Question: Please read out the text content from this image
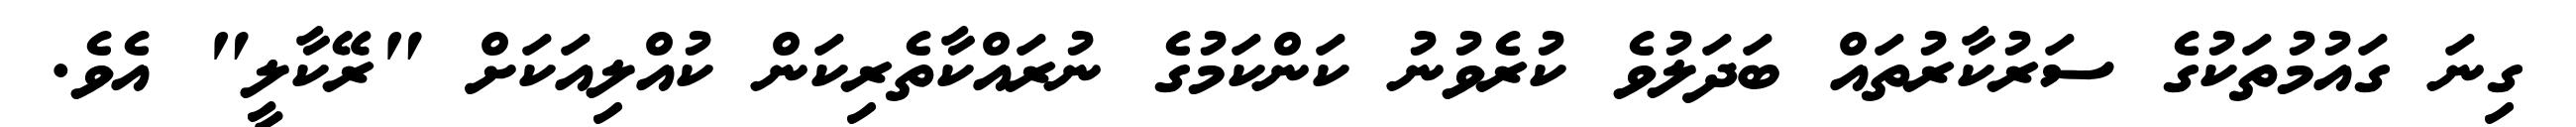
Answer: ގިނަ ގައުމުތަކުގެ ސަރުކާރުތައް ބަދަލުވެ ކުރެވުނު ކަންކަމުގެ ނުރައްކާތެރިކަން ކުއްލިއަކަށް "ރޭކާލީ" އެވެ.